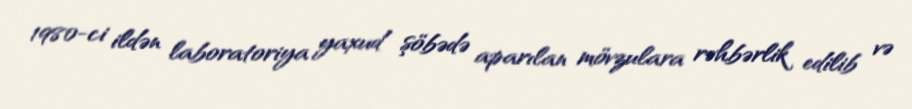
1980-ci ildən laboratoriya yaxud şöbədə aparılan mövzulara rəhbərlik edilib və